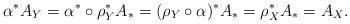
LaTeX: \begin{align*}\alpha^*A_Y=\alpha^*\circ\rho_Y^*A_\ast=(\rho_Y\circ\alpha)^*A_\ast=\rho_X^*A_\ast=A_X.\end{align*}